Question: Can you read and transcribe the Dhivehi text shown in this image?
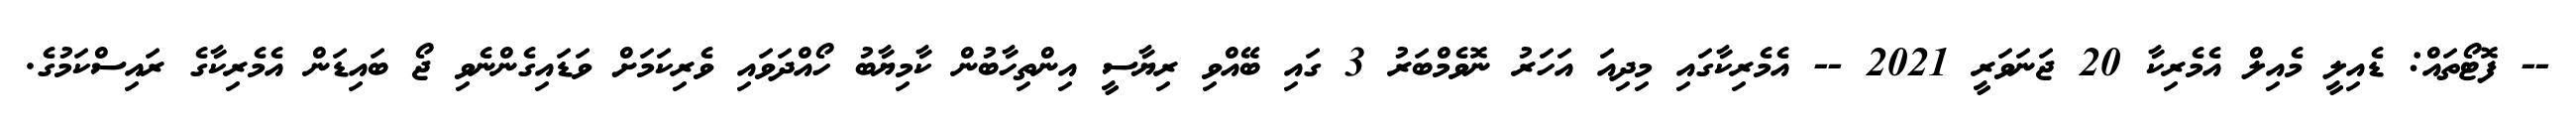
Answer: -- ފޮޓޯތައް: ޑެއިލީ މެއިލް އެމެރިކާ 20 ޖަނަވަރީ 2021 -- އެމެރިކާގައި މިދިއަ އަހަރު ނޮވެމްބަރު 3 ގައި ބޭއްވި ރިޔާސީ އިންތިހާބުން ކާމިޔާބު ހޯއްދަވައި ވެރިކަމަށް ވަޑައިގެންނެވި ޖޯ ބައިޑަން އެމެރިކާގެ ރައިސްކަމުގެ.